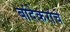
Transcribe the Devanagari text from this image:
बांदेकरांचे